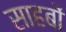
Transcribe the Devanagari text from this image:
साहबों